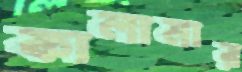
কালামার